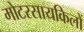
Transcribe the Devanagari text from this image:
मोटरसायकिलों